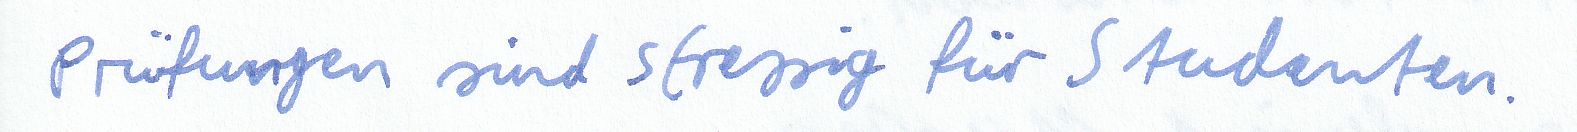
Prüfungen sind stressig für Studenten.